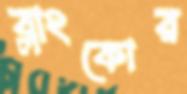
ব্লাংকোর